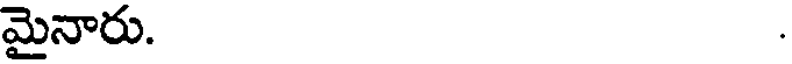
మైనారు.